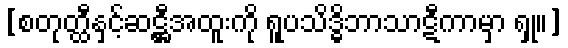
[စတုတ္ထီနှင့်ဆဋ္ဌီအထူးကို ရူပသိဒ္ဓိဘာသာဋီကာမှာ ရှု။]